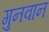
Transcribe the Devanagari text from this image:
गुनवान